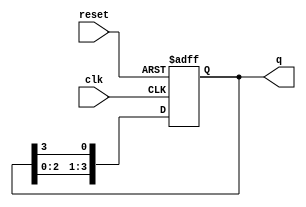
module ring_counter (
    input wire clk,        // Clock input
    input wire reset,      // Reset input
    output reg [3:0] q     // 4-bit output representing the current state
);

    // Initial state for the ring counter
    initial begin
        q = 4'b1000; // Start with '1000'
    end

    // Synchronous process for the ring counter
    always @(posedge clk or posedge reset) begin
        if (reset) begin
            q <= 4'b1000; // Reset to initial state '1000'
        end else begin
            // Shift the '1' through the flip-flops
            q <= {q[2:0], q[3]}; // Shift left and wrap around
        end
    end

endmodule